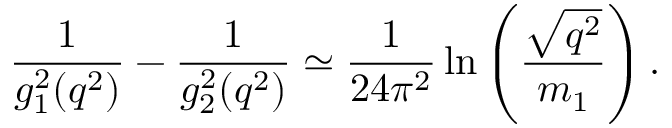
{ \frac { 1 } { g _ { 1 } ^ { 2 } ( q ^ { 2 } ) } } - { \frac { 1 } { g _ { 2 } ^ { 2 } ( q ^ { 2 } ) } } \simeq { \frac { 1 } { 2 4 \pi ^ { 2 } } } \ln \left( { \frac { \sqrt { q ^ { 2 } } } { m _ { 1 } } } \right) .